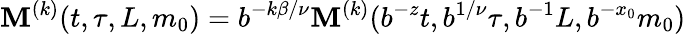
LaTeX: \mathbf{M}^{(k)}(t,\tau,L,m_{0})=b^{-k\beta/\nu}\mathbf{M}^{(k)}(b^{-z}t,b^{1/\nu}\tau,b^{-1}L,b^{-x_{0}}m_{0})